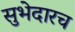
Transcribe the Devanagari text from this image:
सुभेदारच